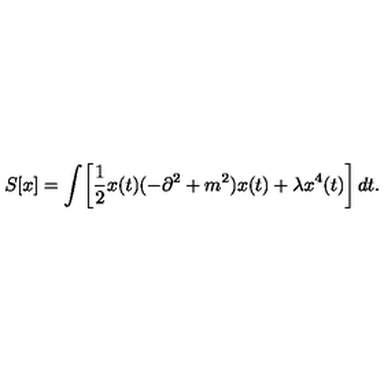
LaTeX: S [ x ] = \int \! \left[ \frac { 1 } { 2 } x ( t ) ( - \partial ^ { 2 } + m ^ { 2 } ) x ( t ) + \lambda x ^ { 4 } ( t ) \right] d t .